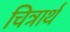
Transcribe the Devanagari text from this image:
चित्रार्थ